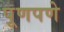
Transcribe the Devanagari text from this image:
पूणपणे